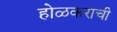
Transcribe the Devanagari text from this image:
होळकराची